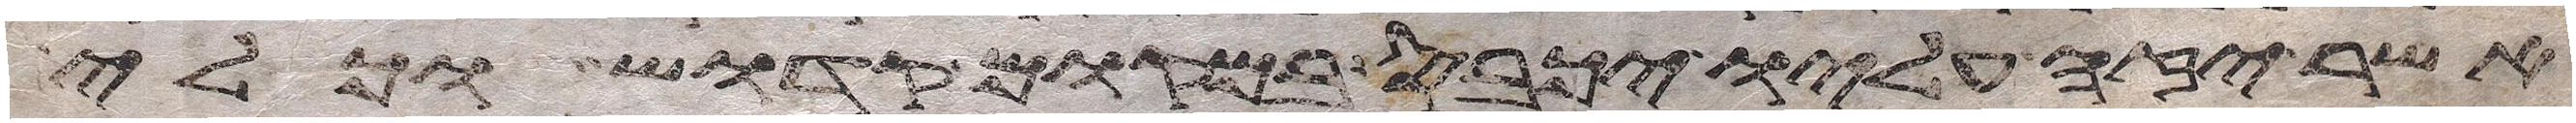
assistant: אשר תזה עליו יכבס במקום קדוש וכלי